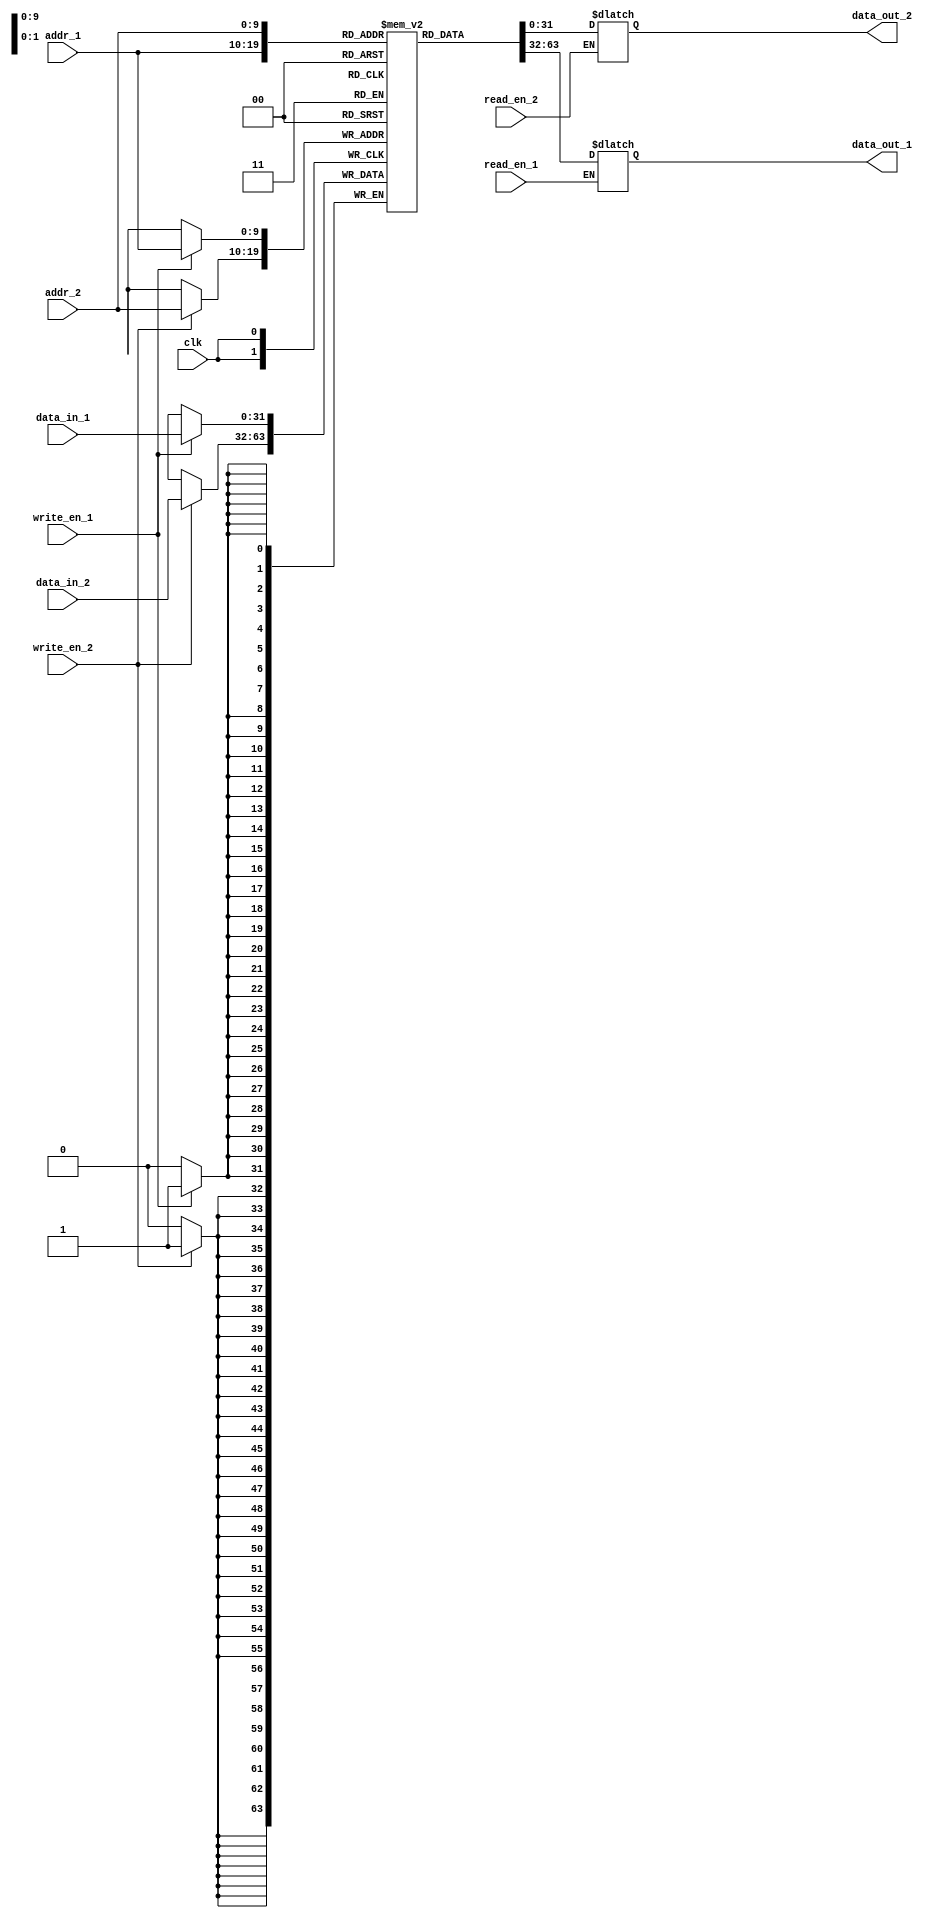
module dual_port_register_file (
    input wire clk,
    input wire [9:0] addr_1,
    input wire [9:0] addr_2,
    input wire [31:0] data_in_1,
    input wire [31:0] data_in_2,
    input wire write_en_1,
    input wire write_en_2,
    input wire read_en_1,
    input wire read_en_2,
    output reg [31:0] data_out_1,
    output reg [31:0] data_out_2
);

reg [31:0] mem [1023:0]; // 2k x 32 memory
integer i;

always @(posedge clk) begin
    if (write_en_1) begin
        mem[addr_1] <= data_in_1;
    end
    if (write_en_2) begin
        mem[addr_2] <= data_in_2;
    end
end

always @(addr_1 or read_en_1) begin
    if (read_en_1) begin
        data_out_1 <= mem[addr_1];
    end
end

always @(addr_2 or read_en_2) begin
    if (read_en_2) begin
        data_out_2 <= mem[addr_2];
    end
end

endmodule